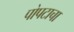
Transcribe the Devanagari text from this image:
पोपटाचा